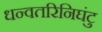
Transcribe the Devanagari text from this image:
धन्वतरिनिघंटु